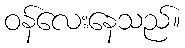
ဝန်လေးနေသည်။